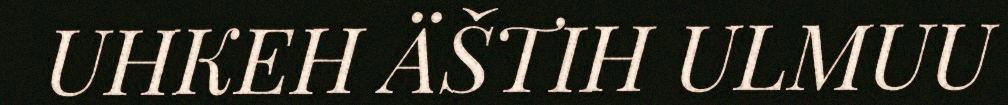
UHKEH ÄŠTIH ULMUU